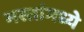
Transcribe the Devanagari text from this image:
मस्तांमध्ये